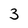
Character: 3